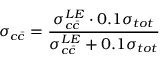
\sigma _ { c \bar { c } } = { \frac { \sigma _ { c \bar { c } } ^ { L E } \cdot 0 . 1 \sigma _ { t o t } } { \sigma _ { c \bar { c } } ^ { L E } + 0 . 1 \sigma _ { t o t } } }